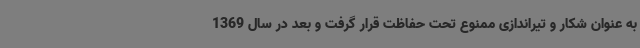
به عنوان شکار و تیراندازی ممنوع تحت حفاظت قرار گرفت و بعد در سال 1369